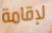
لإقامة